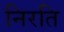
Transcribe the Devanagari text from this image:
निरति